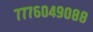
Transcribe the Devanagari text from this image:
७७७६०४९०८८